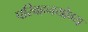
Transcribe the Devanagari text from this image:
परिवहनयोग्य